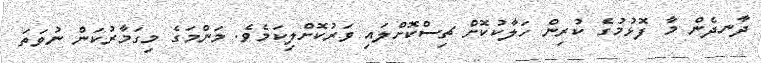
ދާނދެން މާ ފޮޅުމުގެ ކުރިން ހަލާކުކޮށް ޗިސްކޮށްލައި ވަރުކޮށްލިކަމެވެ. މަންމަގެ މިގަމާރުކަން ނުވަތަ